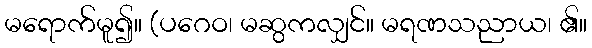
မရောက်မူ၍။ (ပဂေဝ၊ မဆွကလျှင်။ မရဏသညာယ၊ ၏။